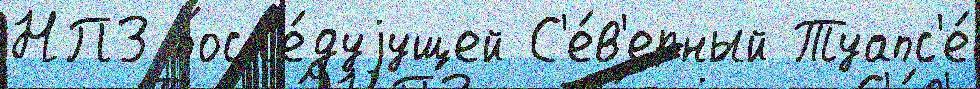
НПЗ посл'е́дуjущей С'е́в'ерный Туапс'е́